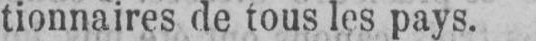
tionnaires de tous les pays.